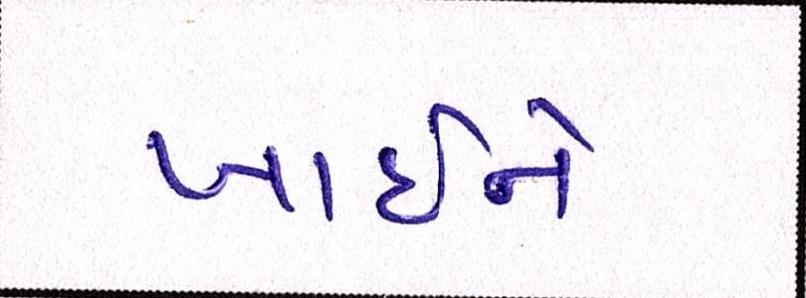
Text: ખાઇને